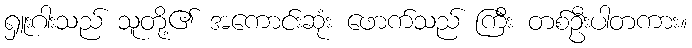
ရှူးဂါးသည် သူတို့၏ အကောင်းဆုံး ဖောက်သည် ကြီး တစ်ဦးပါတကား။